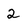
Character: 2